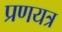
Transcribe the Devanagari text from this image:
प्रणयत्र